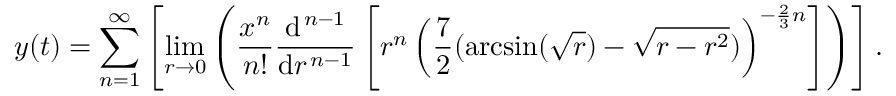
y ( t ) = \sum _ { n = 1 } ^ { \infty } \left[ \operatorname* { l i m } _ { r \to 0 } \left( { \frac { x ^ { n } } { n ! } } { \frac { \mathrm { d } ^ { \, n - 1 } } { \mathrm { d } r ^ { \, n - 1 } } } \left[ r ^ { n } \left( { \frac { 7 } { 2 } } ( \arcsin ( { \sqrt { r } } ) - { \sqrt { r - r ^ { 2 } } } ) \right) ^ { - { \frac { 2 } { 3 } } n } \right] \right) \right] .